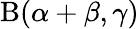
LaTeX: \mathrm{B}(\alpha+\beta,\gamma)